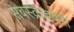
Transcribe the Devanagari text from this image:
सबस्क्राइबरों